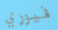
فيوري